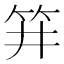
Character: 𥬆